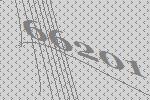
66201